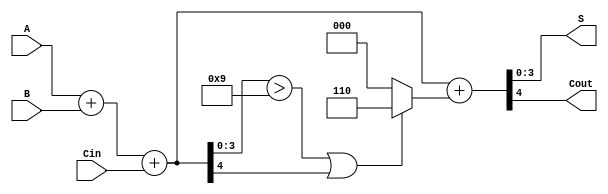
module BCD_Ripple_Carry_Adder (
    input  [3:0] A,     // First BCD digit
    input  [3:0] B,     // Second BCD digit
    input        Cin,    // Carry-in
    output [3:0] S,     // Sum in BCD format
    output       Cout    // Carry-out
);

    wire [4:0] Binary_Sum; // 5-bit to accommodate carry out
    wire [4:0] BCD_Corrected_Sum; // 5-bit for potential correction sum
    wire Correction_Required;

    // Step 1: Binary addition of A, B and Cin
    assign Binary_Sum = A + B + Cin;

    // Step 2: Check if BCD correction is needed
    // Correction is needed if Binary_Sum > 9 or if there is a carry-out
    assign Correction_Required = (Binary_Sum[3:0] > 4'b1001) || Binary_Sum[4];

    // Step 3: BCD Correction Logic
    assign BCD_Corrected_Sum = Binary_Sum + (Correction_Required ? 5'b00110 : 5'b00000);

    // Step 4: Final outputs
    assign S = BCD_Corrected_Sum[3:0]; // 4-bit BCD output
    assign Cout = BCD_Corrected_Sum[4]; // Carry-out

endmodule